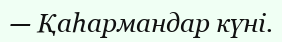
— Қаһармандар күні.